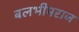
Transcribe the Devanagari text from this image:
बलभीमराज